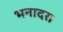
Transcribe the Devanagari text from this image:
भनादरा